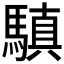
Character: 𩥄